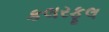
કલરફૂલ